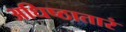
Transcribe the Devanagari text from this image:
अधिष्ठातारं